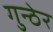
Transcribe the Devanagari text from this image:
गुन्ठेर